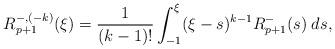
LaTeX: \begin{align*}R^{-,(-k)}_{p+1}(\xi) = \frac{1}{(k-1)!}\int_{-1}^\xi (\xi-s)^{k-1} R^{-}_{p+1}(s)\; ds,\end{align*}